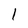
Character: 1